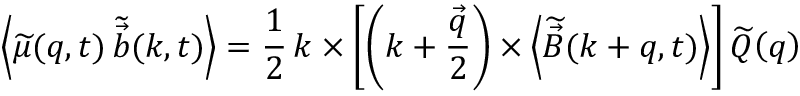
\left< \widetilde { \mu } ( \boldsymbol { q } , t ) \, \widetilde { \vec { b } } ( \boldsymbol { k } , t ) \right> = \frac { 1 } { 2 } \, \boldsymbol { k } \times \left[ \left( \boldsymbol { k } + \frac { \vec { q } } { 2 } \right) \times \left< \widetilde { \vec { B } } ( \boldsymbol { k } + \boldsymbol { q } , t ) \right> \right] \widetilde { Q } \! \left( \boldsymbol { q } \right)